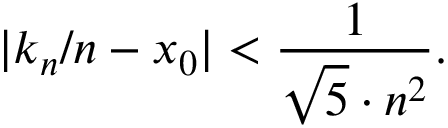
| k _ { n } / n - x _ { 0 } | < { \frac { 1 } { { \sqrt { 5 } } \cdot n ^ { 2 } } } .